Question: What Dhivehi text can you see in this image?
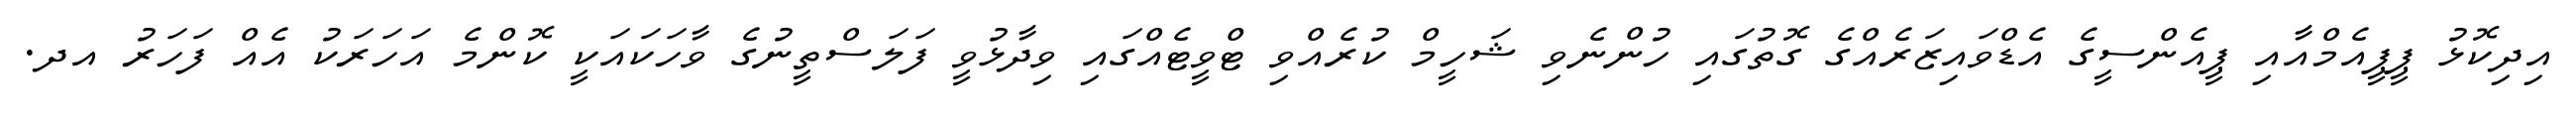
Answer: އިދިކޮޅު ޕީޕީއެމްއާއި ޕީއެންސީގެ އެޑްވައިޒަރެއްގެ ގޮތުގައި ހުންނެވި ޝަހީމް ކުރެއްވި ޓްވީޓެއްގައި ވިދާޅުވީ ފަލަސްތީނުގެ ވާހަކައަކީ ކޮންމެ އަހަރަކު އެއް ފަހަރު އދ.